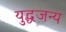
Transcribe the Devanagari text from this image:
युद्धजन्‍य